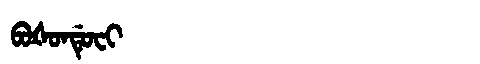
Manchu: ᠪᠣᡧᠣᠨᡩᡠᠸᡳ
Romanization: BOŠONDUFI